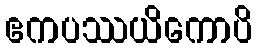
ဧကပဿယိကောပိ